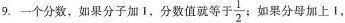
9.一个分数，如果分子加1，分数值就等于\frac{1}{2}，如果分母加上1，